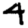
Digit: 4